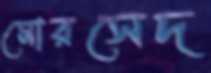
মোরসেদ